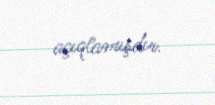
açıqlamışdır.